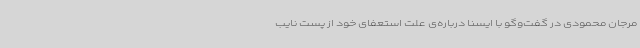
مرجان محمودی در گفت‌وگو با ایسنا درباره‌ی علت استعفای خود از پست نایب